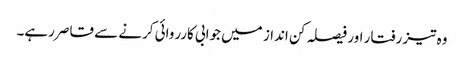
وہ تیز رفتار اور فیصلہ کن انداز میں جوابی کارروائی کرنے سے قاصر رہے۔